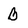
Character: B